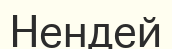
Нендей